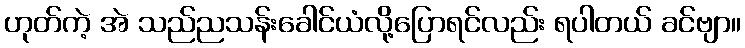
ဟုတ်ကဲ့ အဲ သည်ညသန်းခေါင်ယံလို့ပြောရင်လည်း ရပါတယ် ခင်ဗျာ။